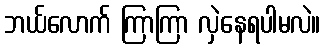
ဘယ်လောက် ကြာကြာ လှဲနေရပါမလဲ။